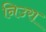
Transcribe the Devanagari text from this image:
निउरा